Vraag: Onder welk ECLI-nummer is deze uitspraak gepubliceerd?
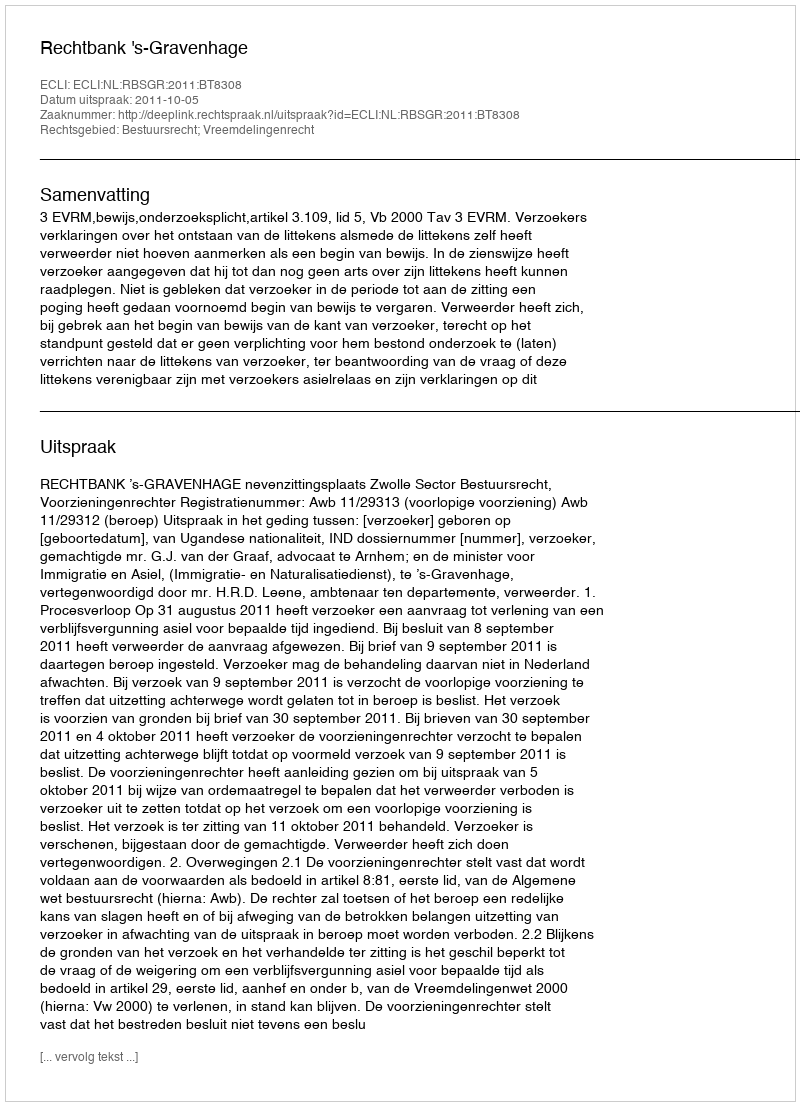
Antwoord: ECLI:NL:RBSGR:2011:BT8308